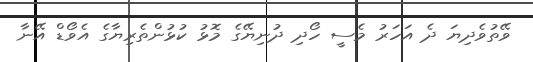
ވޭތުވެދިޔަ ދެ އަހަރު މެސީ ހޯދި ދުނިޔޭގެ މޮޅު ކުޅުންތެރިޔާގެ އެވޯޑް އޭނާ